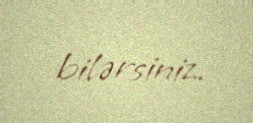
bilərsiniz.